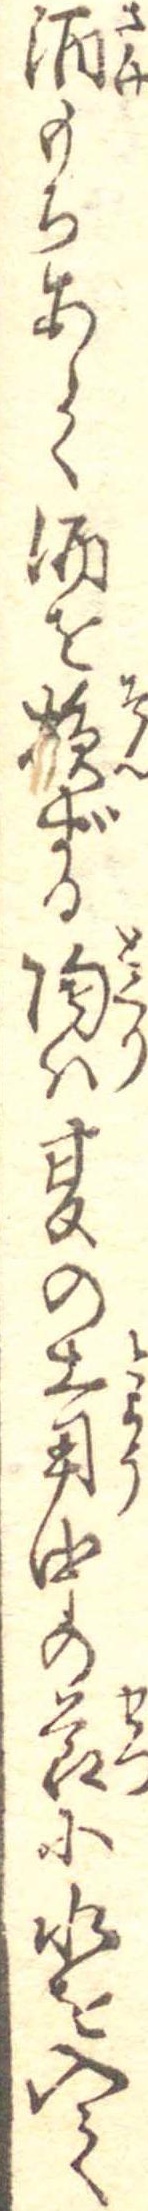
酒もちあしく酒を損ずる陶は夏の土用中の節に水を入て